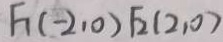
F _ { 1 } ( - 2 , 0 ) F _ { 2 } ( 2 , 0 )